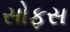
સોફસ